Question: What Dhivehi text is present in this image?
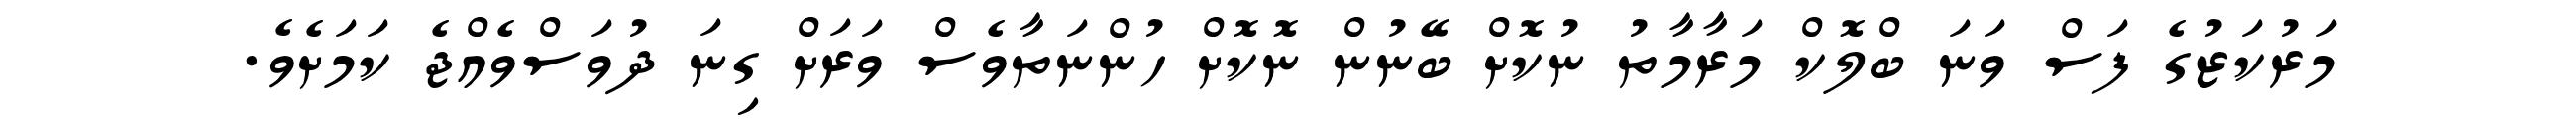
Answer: މަރުކަޒުގެ ފަސް ވަނަ ބްލޮކް މަރާމާތު ނުކޮށް ބޭނުން ނޮކޮށް ހުންނަތާވެސް ވަރަށް ގިނަ ދުވަސްވެއްޖެ ކަމަށެވެ.